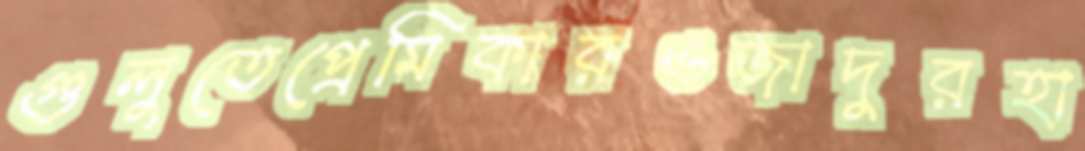
গুলুতেপ্রেমিকারওজাদুরহা